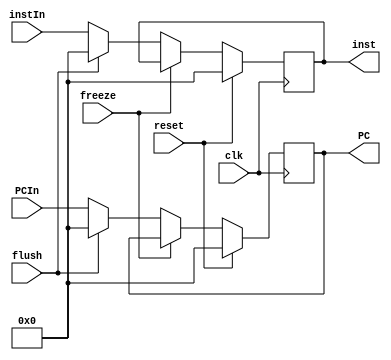
//=========================================//
// Registrador de Pipeline - IF/ID - "You" //
//=========================================//

module rIFID(
    input  wire        clk,
    input  wire        reset,
    input  wire        flush,
    input  wire        freeze,
    
    input  wire [31:0] PCIn,
    input  wire [31:0] instIn,
    
    output reg  [31:0] PC,
    output reg  [31:0] inst
);

    always @(posedge clk) begin
        if (reset) begin
            { PC, inst } <= 0;
        end else if (~freeze) begin
            if (flush) begin
                PC      <= 0;
                inst    <= 0;
            end else begin
                PC      <= PCIn;
                inst    <= instIn;
            end
        end
    end

endmodule